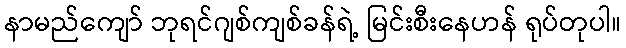
နာမည်ကျော် ဘုရင်ဂျစ်ကျစ်ခန်ရဲ့ မြင်းစီးနေဟန် ရုပ်တုပါ။